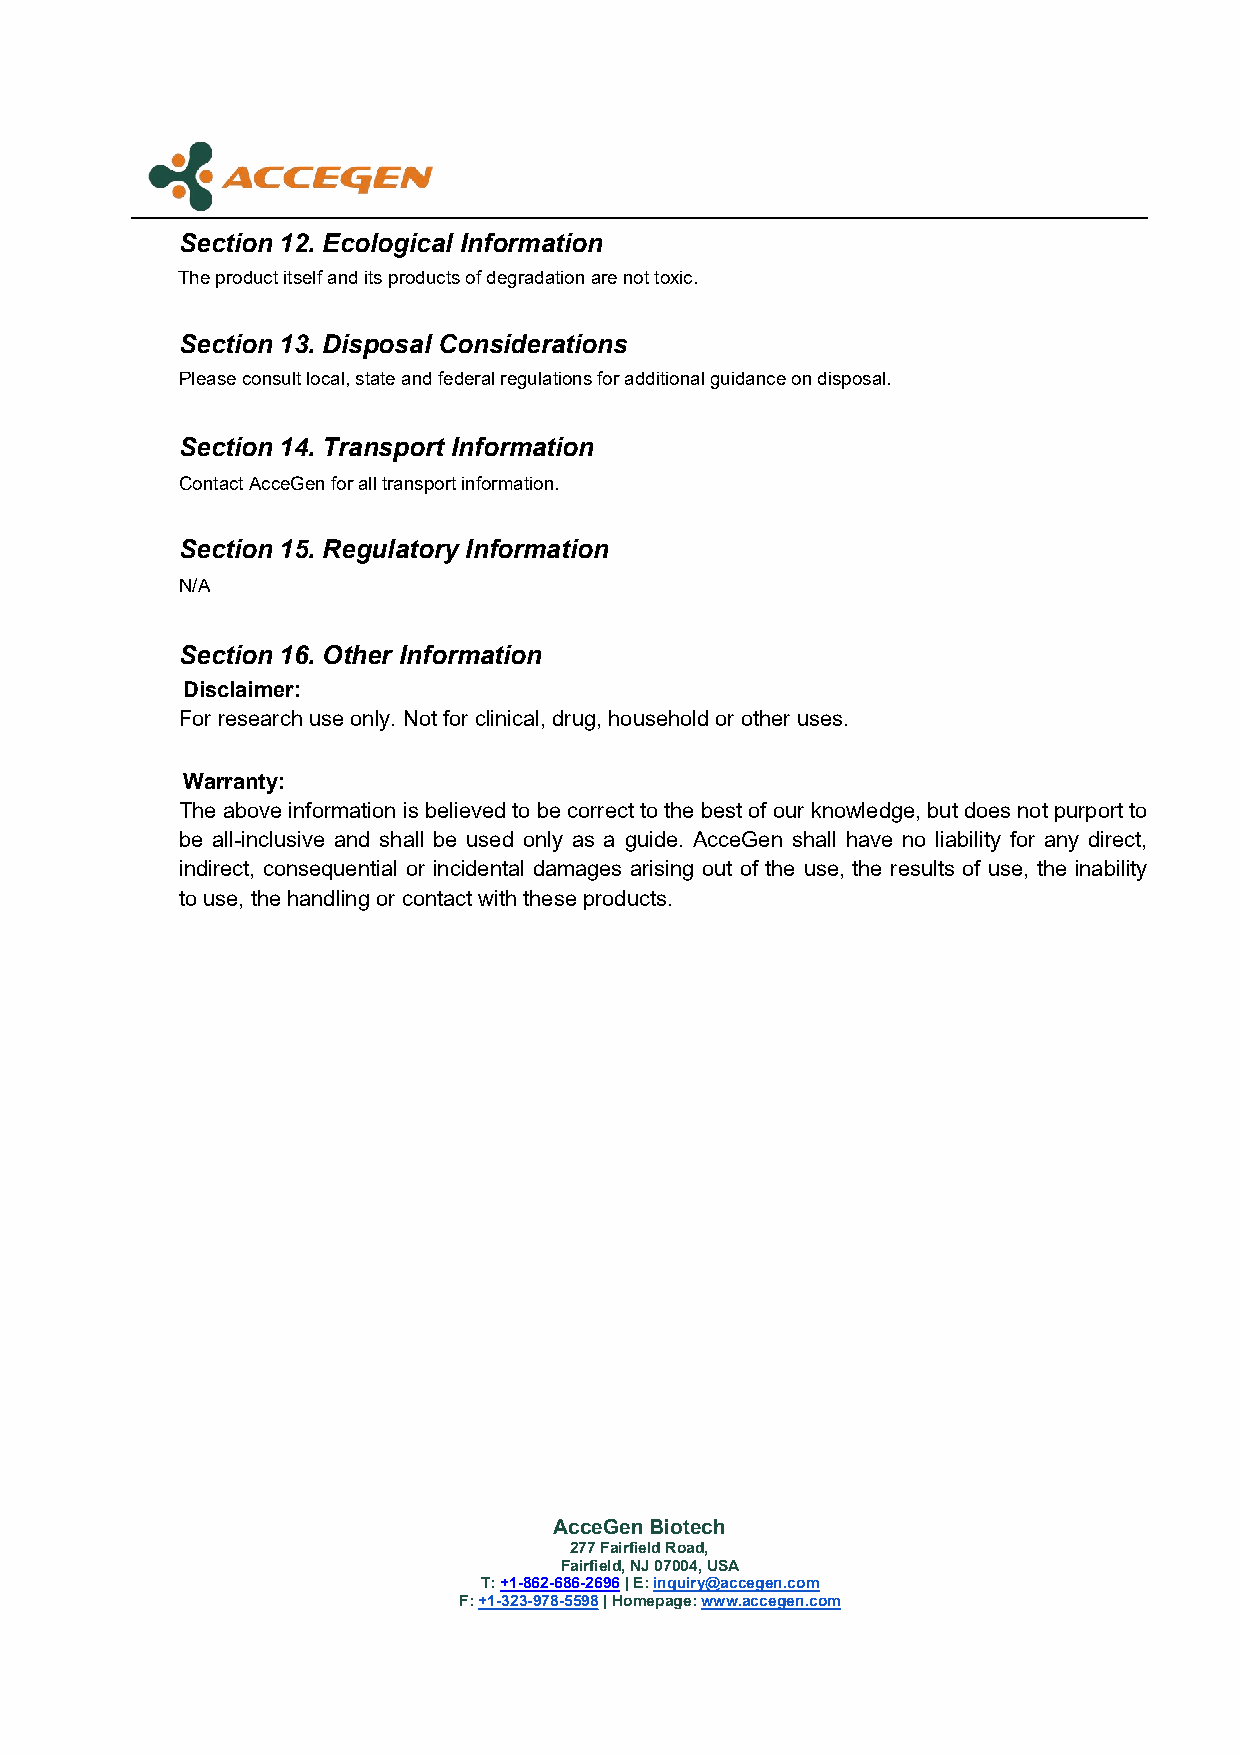
Section 12. Ecological Information
 Theproductitselfanditsproductsofdegradationarenottoxic.
 Section 13. Disposal Considerations
 Pleaseconsultlocal,stateandfederalregulationsforadditionalguidanceondisposal.
 Section 14. Transport Information
 ContactAcceGenforalltransportinformation.
 Section 15. Regulatory Information
 N/A
 Section 16. Other Information
 Disclaimer:
 For researchuse only. Notfor clinical,drug,householdor other uses.
 Warranty:
 Theabove informationis believedtobe correcttothe bestofour knowledge,butdoes notpurport to
 be all-inclusive and shall be used only as a guide. AcceGen shall have no liability for any direct,
 indirect, consequential or incidental damages arising out of the use, the results of use, the inability
 touse,the handlingor contactwith theseproducts.
 AcceGenBiotech
 277FairfieldRoad,
 Fairfield,NJ07004,USA
 T:+1-862-686-2696|E:inquiry@accegen.com
 F:+1-323-978-5598|Homepage:www.accegen.com